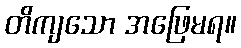
တိကျသော အဖြေမရ။